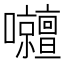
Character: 𡅹